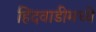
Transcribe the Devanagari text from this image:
हिंदवाडीमध्ये